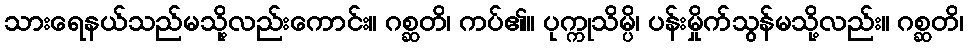
သားရေနယ်သည်မသို့လည်းကောင်း။ ဂစ္ဆတိ၊ ကပ်၏။ ပုက္ကုသိမ္ပိ၊ ပန်းမှိုက်သွန်မသို့လည်း။ ဂစ္ဆတိ၊